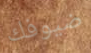
ضيوفك